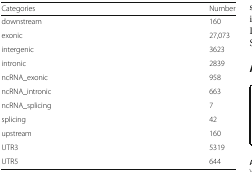
| Categories | Number |
 | --- | --- |
 | downstream | 160 |
 | exonic | 27,073 |
 | intergenic | 3623 |
 | intronic | 2839 |
 | ncRNA_exonic | 958 |
 | ncRNA_intronic | 663 |
 | ncRNA_splicing | 7 |
 | splicing | 42 |
 | upstream | 160 |
 | UTR3 | 5319 |
 | UTR5 | 644 |